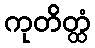
ကုတိတ္ထံ